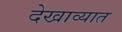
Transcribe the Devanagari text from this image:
देखाव्यात